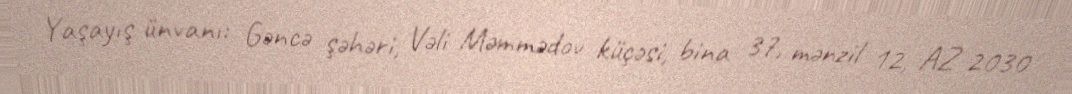
Yaşayış ünvanı: Gəncə şəhəri, Vəli Məmmədov küçəsi, bina 37, mənzil 12, AZ 2030